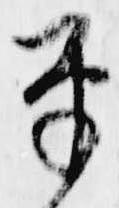
筆